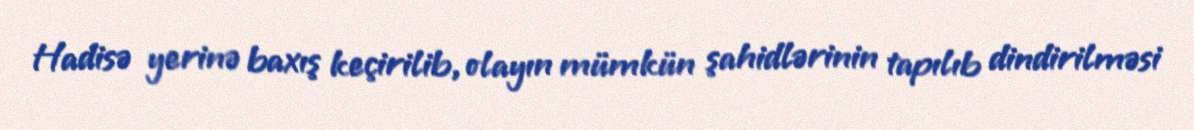
Hadisə yerinə baxış keçirilib, olayın mümkün şahidlərinin tapılıb dindirilməsi